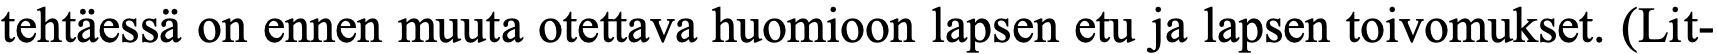
tehtäessä on ennen muuta otettava huomioon lapsen etu ja lapsen toivomukset. (Lit-